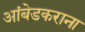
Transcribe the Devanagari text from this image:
आंबेडकराना